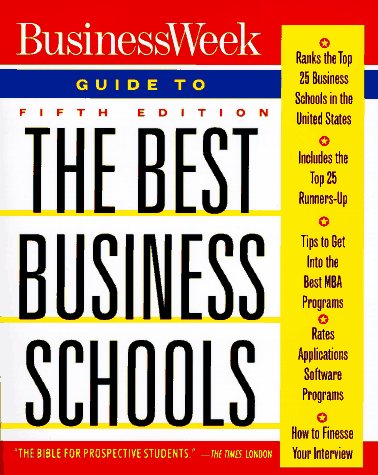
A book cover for Business Week Guide to the Best Business Schools; John A. Byrne; Education & Teaching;